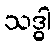
သဒ္ဓါ